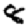
Digit: 8